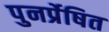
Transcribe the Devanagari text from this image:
पुनर्प्रेषित